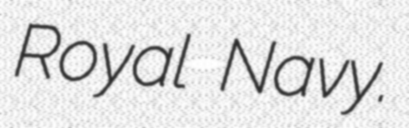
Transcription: Royal Navy.